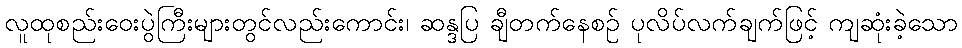
လူထုစည်းဝေးပွဲကြီးများတွင်လည်းကောင်း၊ ဆန္ဒပြ ချီတက်နေစဉ် ပုလိပ်လက်ချက်ဖြင့် ကျဆုံးခဲ့သော